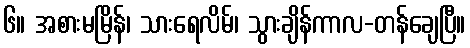
၆။ အစားမမြိန်၊ သားရေလိမ်၊ သွားချိန်ကာလ-တန်ချေပြီ။